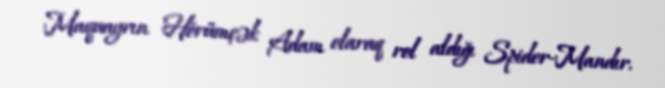
Maquayrın Hörümçək Adam olaraq rol aldığı Spider-Mandır.